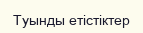
Туынды етістіктер